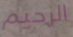
الرحيم